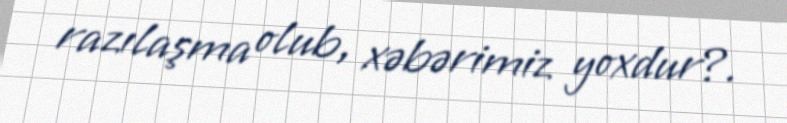
razılaşma olub, xəbərimiz yoxdur?.